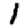
Digit: 1